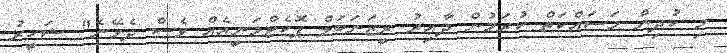
މި ކުދިން މަސައްކަތް ކުރަމުން ދާއިރު ރީޒަނަބަލް ޕޮކެޓްމަނީއެއް ވެސް ދެވޭނެ" ޝަހީރު